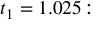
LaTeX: t _ { 1 } = 1 . 0 2 5 \colon